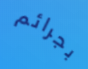
بجرائم